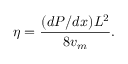
\eta = \frac { ( d P / d x ) L ^ { 2 } } { 8 v _ { m } } .